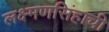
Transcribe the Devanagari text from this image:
लक्ष्मणसिंहाची